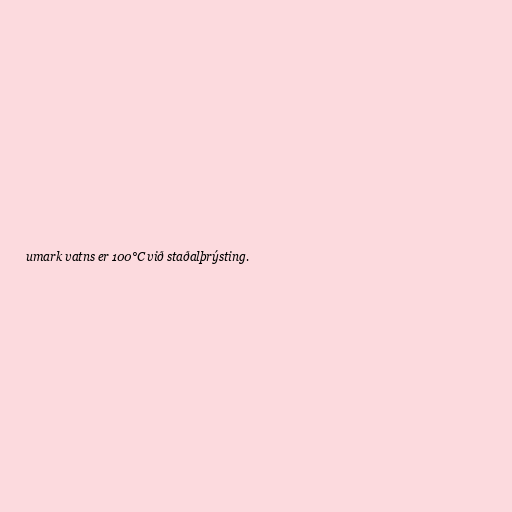
umark vatns er 100°C við staðalþrýsting.